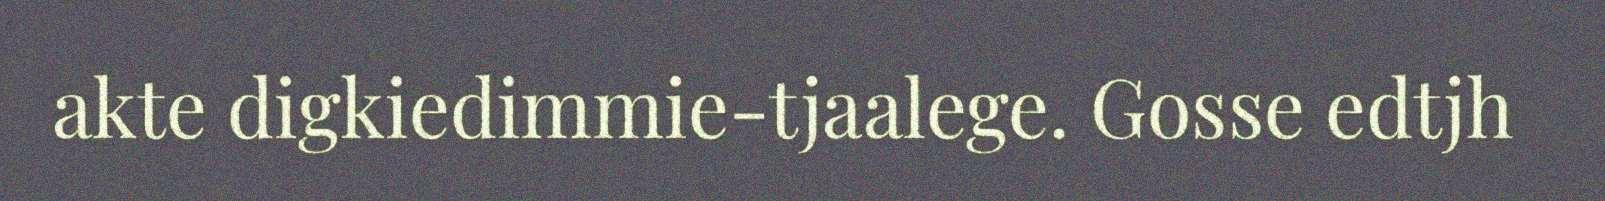
akte digkiedimmie-tjaalege. Gosse edtjh